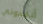
أنقذوني